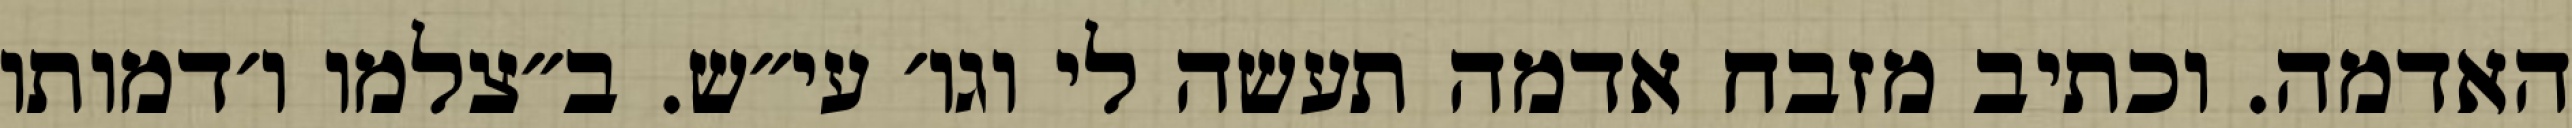
האדמה. וכתיב מזבח אדמה תעשה לי וגו׳ עי״ש. ב״צלמו ו׳דמותו